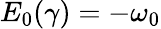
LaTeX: E_{0}(\gamma)=-\omega_{0}